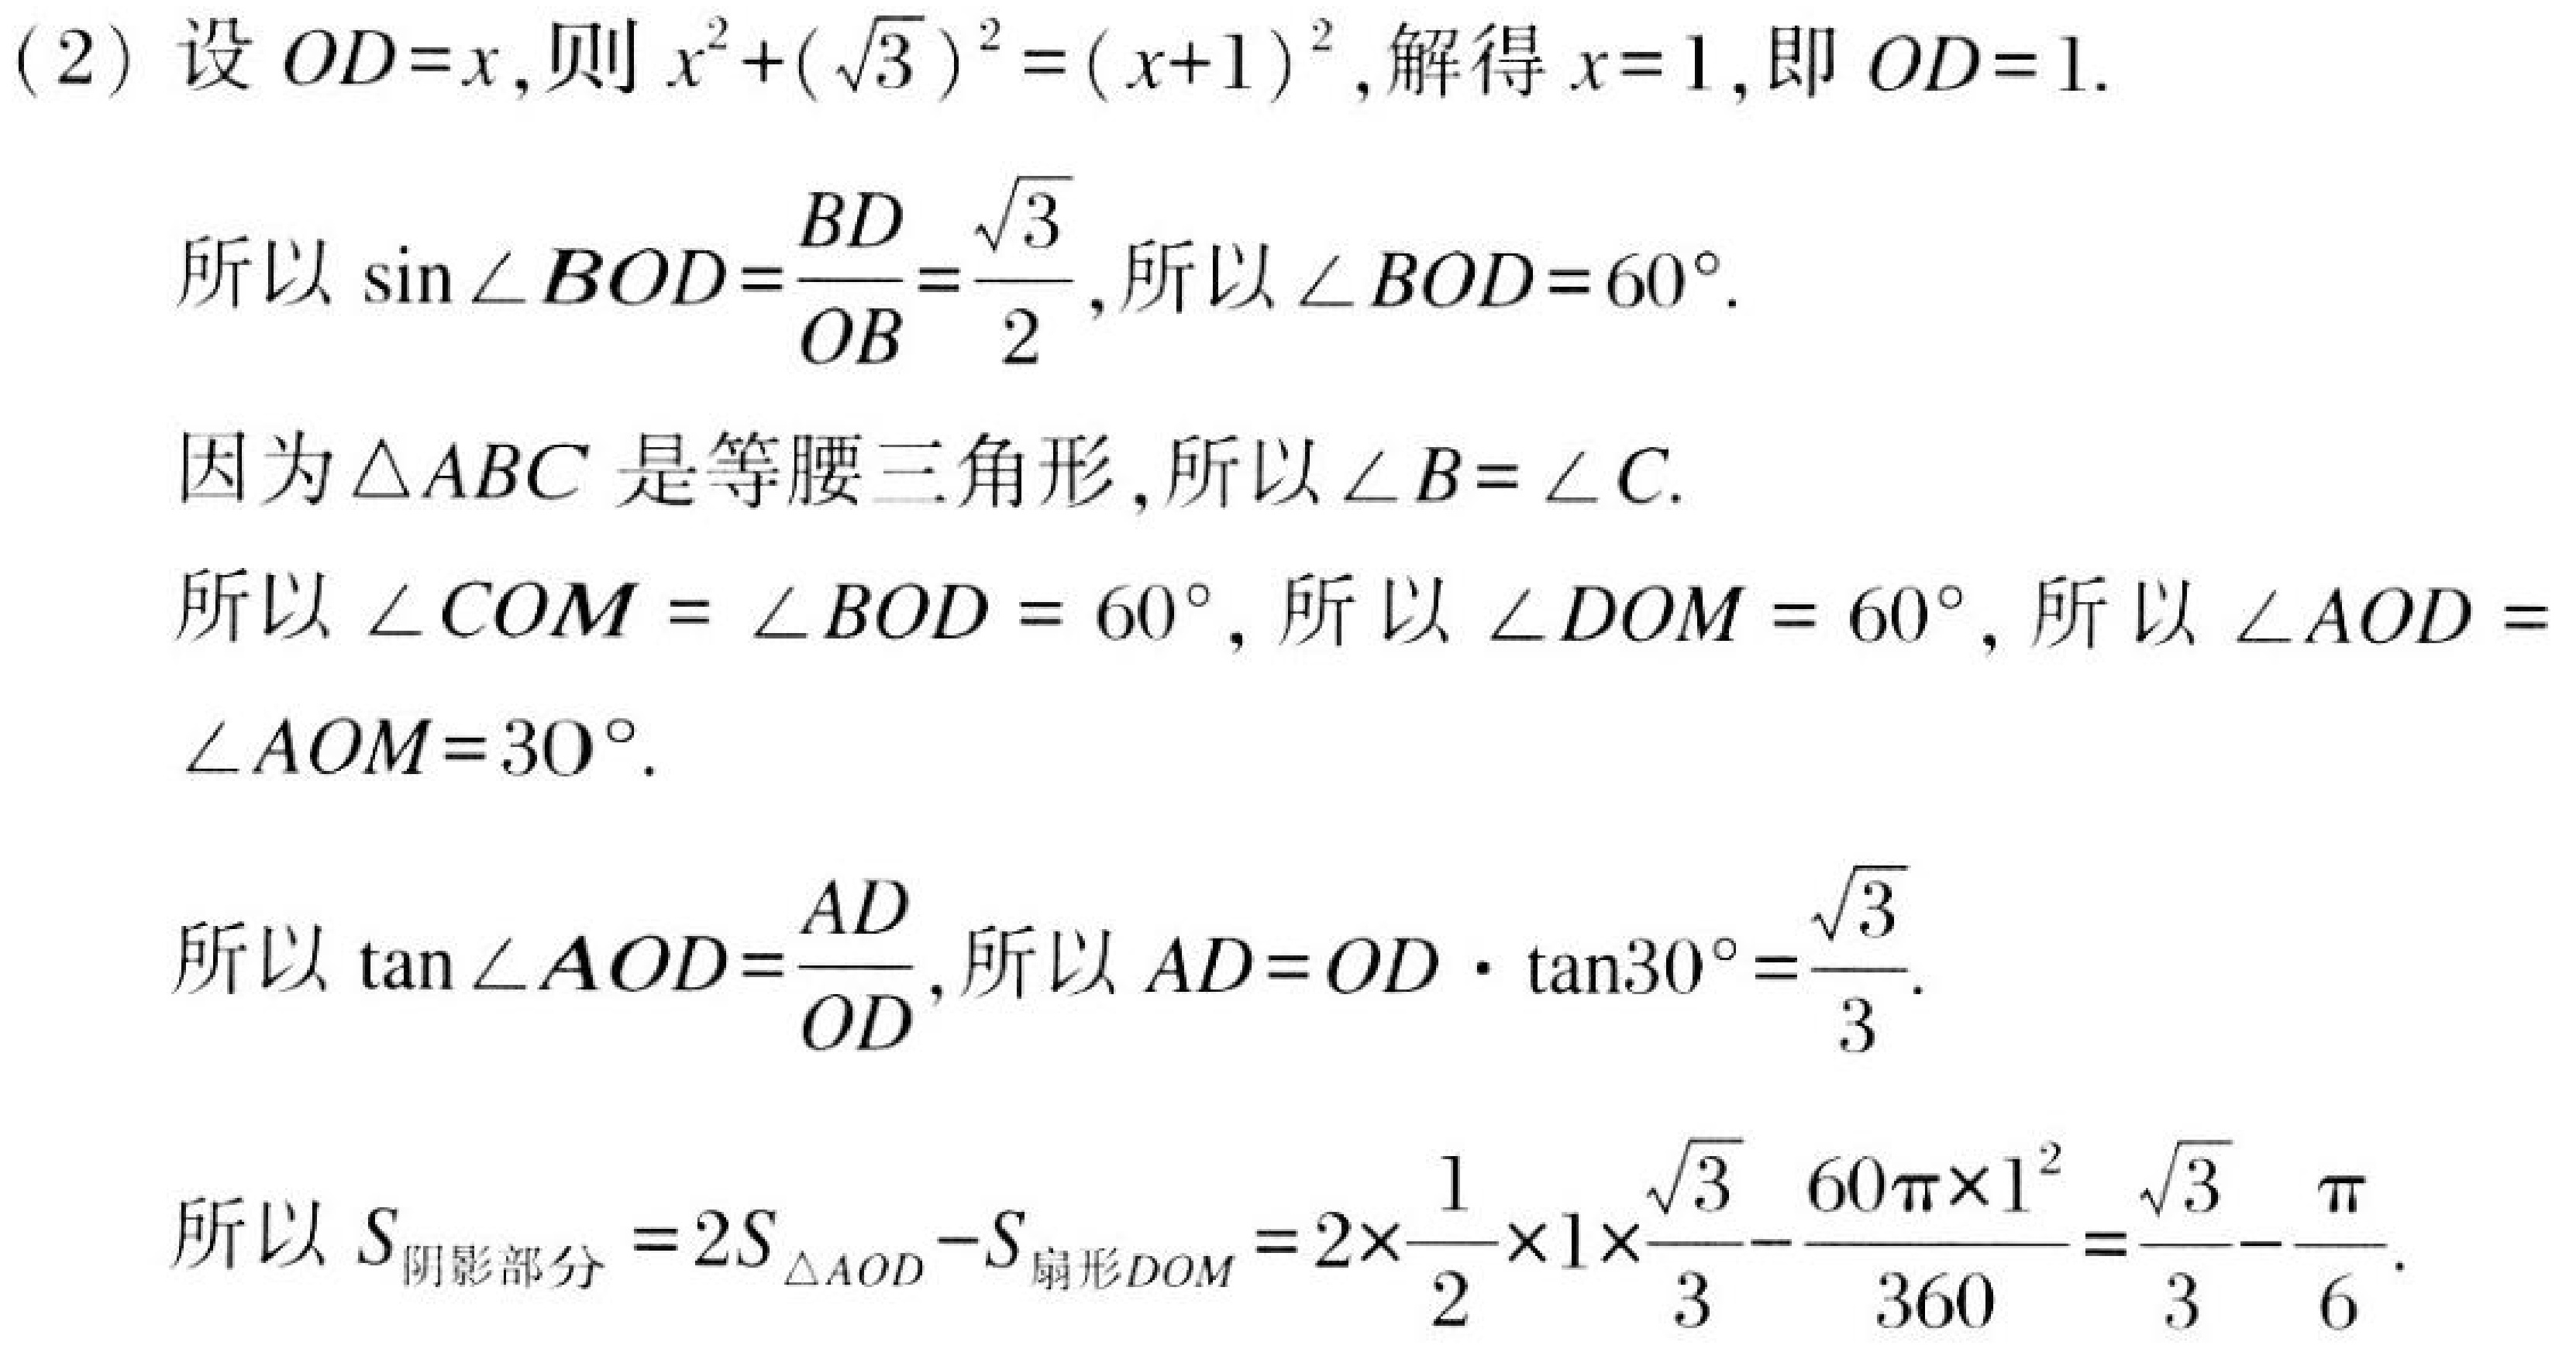
(2) 设 \(OD = x\), 则 \(x^{2}+(\sqrt{3})^{2}=(x + 1)^{2}\), 解得 \(x = 1\), 即 \(OD = 1\).

所以 \(\sin\angle BOD=\frac{BD}{OB}=\frac{\sqrt{3}}{2}\), 所以 \(\angle BOD = 60^{\circ}\).

因为 \(\triangle ABC\) 是等腰三角形, 所以 \(\angle B=\angle C\).

所以 \(\angle COM=\angle BOD = 60^{\circ}\), 所以 \(\angle DOM = 60^{\circ}\), 所以 \(\angle AOD=\angle AOM = 30^{\circ}\).

所以 \(\tan\angle AOD=\frac{AD}{OD}\), 所以 \(AD = OD\cdot\tan30^{\circ}=\frac{\sqrt{3}}{3}\).

所以 \(S_{阴影部分}=2S_{\triangle AOD}-S_{扇形DOM}=2\times\frac{1}{2}\times1\times\frac{\sqrt{3}}{3}-\frac{60\pi\times1^{2}}{360}=\frac{\sqrt{3}}{3}-\frac{\pi}{6}\).